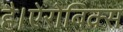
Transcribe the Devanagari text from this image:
है।ऐरोबिक्स